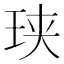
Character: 𮴑